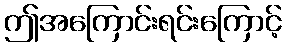
ဤအကြောင်းရင်းကြောင့်